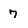
Character: 7